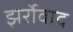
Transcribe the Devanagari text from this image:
झर्रोवाद